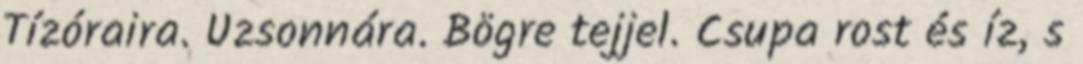
Tízóraira. Uzsonnára. Bögre tejjel. Csupa rost és íz, s